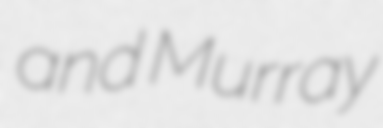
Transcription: and Murray